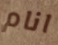
انام